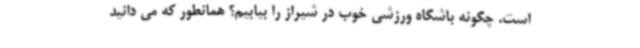
است. چگونه باشگاه ورزشی خوب در شیراز را بیابیم؟ همانطور که می دانید